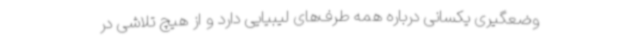
وضعگیری یکسانی درباره همه طرف‌های لیبیایی دارد و از هیچ تلاشی در